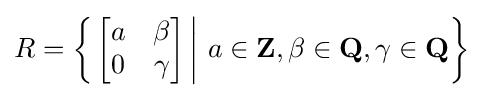
R=\left\{\left.{\begin{bmatrix}a&\beta \\0&\gamma \end{bmatrix}}\,\right\vert \,a\in \mathbf {Z} ,\beta \in \mathbf {Q} ,\gamma \in \mathbf {Q} \right\}